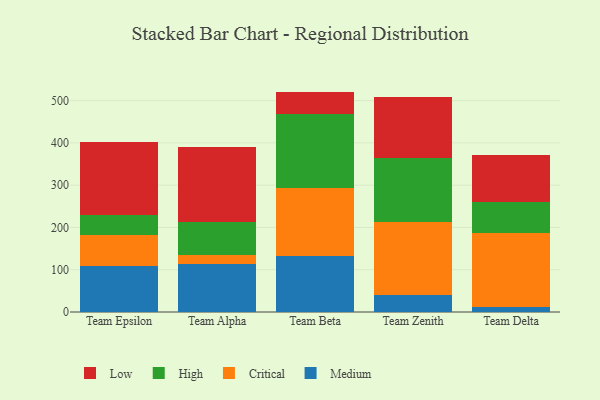
{"axis": {"x": "Team", "y": "Churn Rate (%)"}, "legend": ["Critical", "High", "Low", "Medium"], "data": [{"x": "Team Epsilon", "y": 108.2, "type": "Medium"}, {"x": "Team Epsilon", "y": 75.1, "type": "Critical"}, {"x": "Team Epsilon", "y": 47.0, "type": "High"}, {"x": "Team Epsilon", "y": 170.7, "type": "Low"}, {"x": "Team Alpha", "y": 112.8, "type": "Medium"}, {"x": "Team Alpha", "y": 21.8, "type": "Critical"}, {"x": "Team Alpha", "y": 77.9, "type": "High"}, {"x": "Team Alpha", "y": 178.0, "type": "Low"}, {"x": "Team Beta", "y": 133.0, "type": "Medium"}, {"x": "Team Beta", "y": 161.4, "type": "Critical"}, {"x": "Team Beta", "y": 172.9, "type": "High"}, {"x": "Team Beta", "y": 54.0, "type": "Low"}, {"x": "Team Zenith", "y": 41.4, "type": "Medium"}, {"x": "Team Zenith", "y": 171.2, "type": "Critical"}, {"x": "Team Zenith", "y": 152.4, "type": "High"}, {"x": "Team Zenith", "y": 142.6, "type": "Low"}, {"x": "Team Delta", "y": 11.6, "type": "Medium"}, {"x": "Team Delta", "y": 174.3, "type": "Critical"}, {"x": "Team Delta", "y": 74.7, "type": "High"}, {"x": "Team Delta", "y": 110.4, "type": "Low"}]}